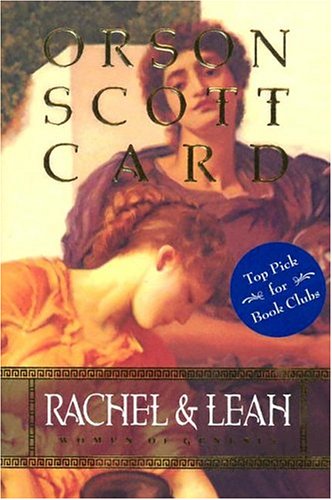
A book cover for Rachel and Leah: Women of Genesis; Orson Scott Card; Christian Books & Bibles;